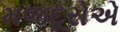
મજદૂરોએ